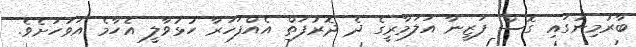
ބާރުމިނުގައި ގޮސް ފަޒީނާ އަލަމާރީގެ ދެ ދޮރުފަތް އެއްފަހަރާ ހުޅުވާލީ އެހާމެ އަވަހަށެވެ.